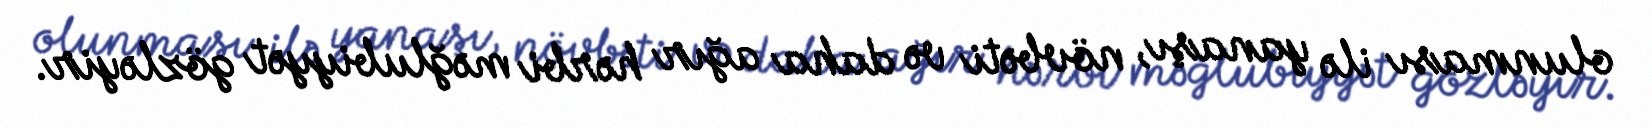
olunması ilə yanaşı, növbəti və daha ağır hərbi məğlubiyyət gözləyir.